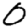
Digit: 0